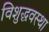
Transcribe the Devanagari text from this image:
विशुद्धवस्था